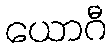
ယောဂီ